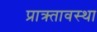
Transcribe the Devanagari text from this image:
प्राक्र्तावस्था